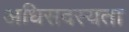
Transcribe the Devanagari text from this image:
अधिसदस्यता